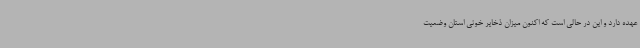
عهده دارد و این در حالی است که اکنون میزان ذخایر خونی استان وضعیت